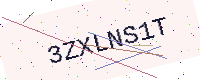
Text: 3ZXLNS1T